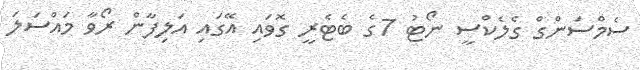
ސެމްސަންގް ގެލެކްސީ ނޯޓު 7ގެ ބެޓެރީ ގޮވައި އޭގައި އަލިފާން ރޯވާ މައްސަލަ